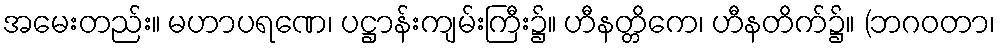
အမေးတည်း။ မဟာပရဏေ၊ ပဋ္ဌာန်းကျမ်းကြီး၌။ ဟီနတ္တိကေ၊ ဟီနတိက်၌။ (ဘဂဝတာ၊